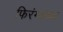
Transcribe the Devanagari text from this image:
फिरंग्यांच्या